Annual report of the Punjab Veterinary College and of the Civil Veterinary Department, Punjab - 1909-1919
Year: 1909
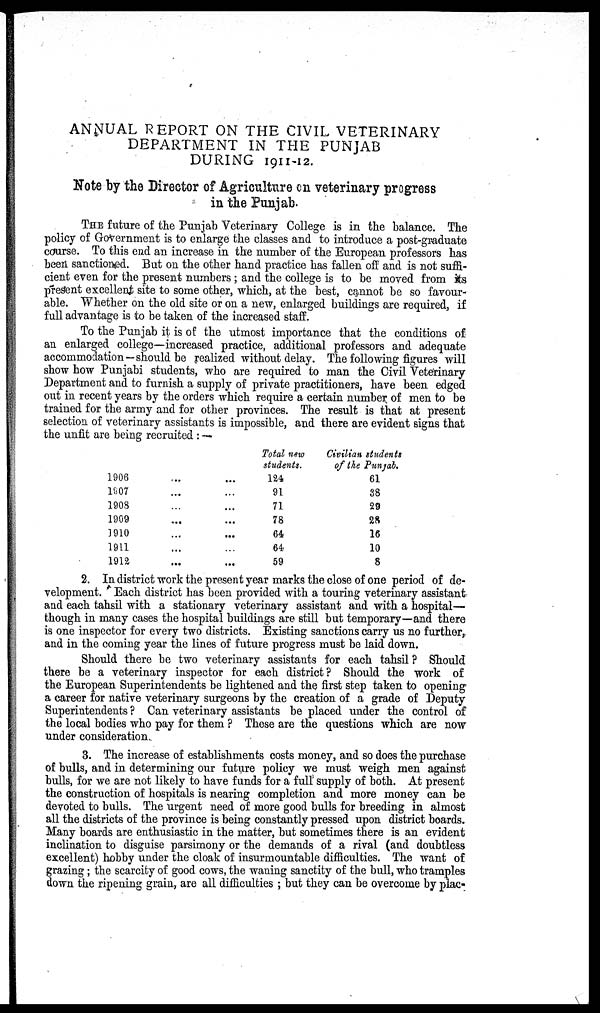
ANNUAL REPORT ON THE CIVIL VETERINARY
DEPARTMENT IN THE PUNJAB
DURING 1911-12.
Note by the Director of Agriculture on veterinary progress
in the Punjab.
THE future of the Punjab Veterinary College is in the balance. The
policy of Government is to enlarge the classes and to introduce a post-graduate
course. To this end an increase in the number of the European professors has
been sanctioned. But on the other hand practice has fallen off and is not suffi-
cient even for the present numbers; and the college is to be moved from its
present excellent site to some other, which, at the best, cannot be so favour-
able. Whether on the old site or on a new, enlarged buildings are required, if
full advantage is to be taken of the increased staff.
To the Punjab it is of the utmost importance that the conditions of
an enlarged college—increased practice, additional professors and adequate
accommodation—should be realized without delay. The following figures will
show how Punjabi students, who are required to man the Civil Veterinary
Department and to furnish a supply of private practitioners, have been edged
out in recent years by the orders which require a certain number of men to be
trained for the army and for other provinces. The result is that at present
selection of veterinary assistants is impossible, and there are evident signs that
the unfit are being recruited:-
1906......
1907......
1908......
1909......
3910......
1911......
1912......
Total new
students.
124
91
71
78
64
64
59
Civilian students
of the Punjab.
61
38
29
28
16
10
8
2. In district work the present year marks the close of one period of de-
velopment. Each district has been provided with a touring veterinary assistant
and each tahsil with a stationary veterinary assistant and with a hospital—
though in many cases the hospital buildings are still but temporary—and there
is one inspector for every two districts. Existing sanctions carry us no further,
and in the coming year the lines of future progress must be laid down.
Should there be two veterinary assistants for each tahsil? Should
there be a veterinary inspector for each district? Should the work of
the European Superintendents be lightened and the first step taken to opening
a career for native veterinary surgeons by the creation of a grade of Deputy
Superintendents? Can veterinary assistants be placed under the control of
the local bodies who pay for them? These are the questions which are now
under consideration.
3. The increase of establishments costs money, and so does the purchase
of bulls, and in determining our future policy we must weigh men against
bulls, for we are not likely to have funds for a full supply of both. At present
the construction of hospitals is nearing completion and more money can be
devoted to bulls. The urgent need of more good bulls for breeding in almost
all the districts of the province is being constantly pressed upon district boards.
Many boards are enthusiastic in the matter, but sometimes there is an evident
inclination to disguise parsimony or the demands of a rival (and doubtless
excellent) hobby under the cloak of insurmountable difficulties. The want of
grazing; the scarcity of good cows, the waning sanctity of the bull, who tramples
down the ripening grain, are all difficulties; but they can be overcome by plac-